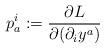
LaTeX: \begin{align*}p^i_a:=\frac{\partial L}{\partial(\partial_iy^a)}\end{align*}